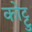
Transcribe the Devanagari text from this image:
कोट्टु